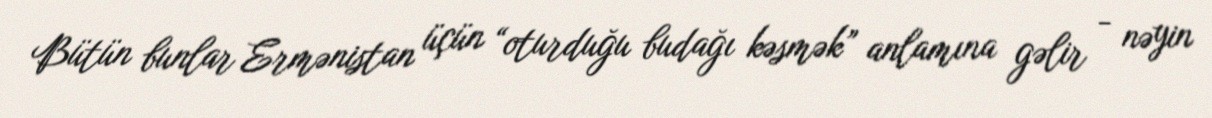
Bütün bunlar Ermənistan üçün “oturduğu budağı kəsmək” anlamına gəlir - nəyin